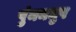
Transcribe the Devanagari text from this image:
पुंममधुप